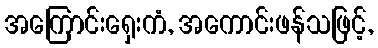
အကြောင်းရှေးကံ, အကောင်းဖန်သဖြင့်,